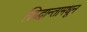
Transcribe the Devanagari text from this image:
सिद्धान्तामधून